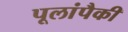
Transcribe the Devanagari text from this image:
पूलांपैकी